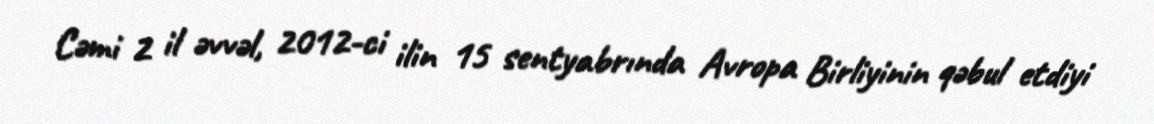
Cəmi 2 il əvvəl, 2012-ci ilin 15 sentyabrında Avropa Birliyinin qəbul etdiyi